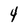
Character: 4